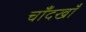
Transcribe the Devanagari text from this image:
चाँदखाँ